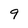
Character: 9